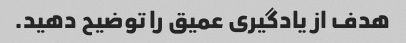
هدف از یادگیری عمیق را توضیح دهید.